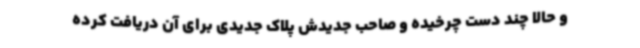
و حالا چند دست چرخیده و صاحب جدیدش پلاک جدیدی برای آن دریافت کرده